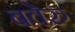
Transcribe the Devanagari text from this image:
बवेरु